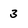
Character: 3